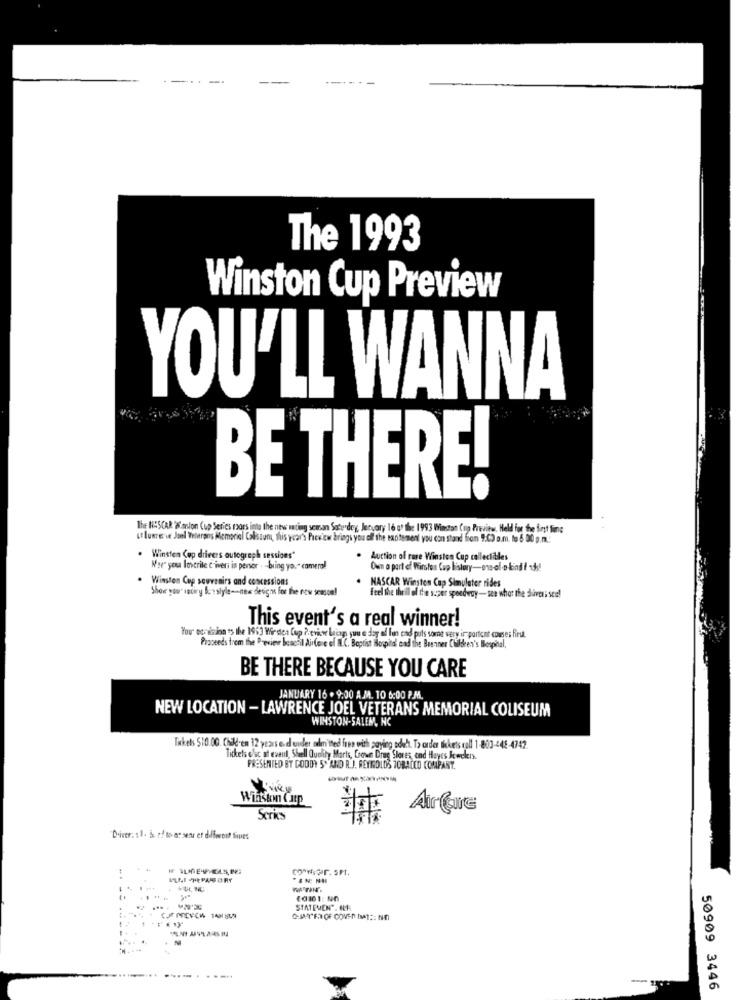
The 1993
Winston Cup Preview
YOU'LL WANNA
BE THERE!
The HISCAR ampion Cup Series moors into the news waiting seman Saturday, January 16 of the 1993 Winston Cup Previews, Held for the first Time
ut lunes ve Jonl Telerans Memorial Colistum, this year's Preview brings you all the excitement you con stand from 9:00 a.m. to 5 00 p.m .:
Winsten Cop drivers autograph sessions"
Auction of rare Winston Cup collectibles
Noe yesa loverile c ivers in persor - - bring you" camera!
Oumn a part of Wirstes Cap history-one-el olindi ade!
Winston Cup souvenirs and concessions
Show you" reciry Berstyle=new designs for the new season!
NASCAR Winsten Cap Simulater rides
feel the thrill of the super speedway- see what the daveti see!
This event's a real winner!
You' och sinn ts the 1963 Westca Cup ? eview beiago yuu e doy af lon end puts some very ir portont comes first.
Proceeds trem the Preview bonesil AirCe e of I.C. Baptist Hospitd' and the Brenner Children's Benpital,
BE THERE BECAUSE YOU CARE
JANUARY 16 . 9:00 A.M. 10 6:00 P.M.
NEW LOCATION - LAWRENCE JOEL VETERANS MEMORIAL COLISEUM
WINSTON-SALEM, NC
Tickets 510.00. Chal-en 12 years e.d under admitted free with paying adebt. To order tickets roll 1-803-448-4742.
Tickets efec of event, Shell Quality Marts, Crown Drug Stores, end Hayes Jewelers.
PRESENTED BY GODDY 5" AND R.J. REYNOLDS TOBACCO COMPANY.
Winston Cup
Au Cours
Series
Driver. .. 5. rd to es sens et different Siones
(@101: NO
... ....
STATEVONN". HL1
50909 3446